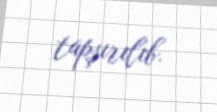
tapşırılıb.